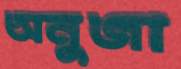
অনুজা